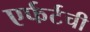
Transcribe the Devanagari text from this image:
एर्फर्टची